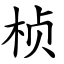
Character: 桢